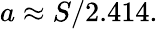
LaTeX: a\approx S/2.414.